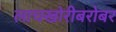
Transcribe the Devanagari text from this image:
लाचखोरीबरोबर